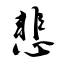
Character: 悲